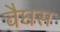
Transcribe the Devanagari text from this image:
वैघस